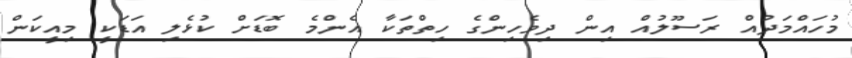
މުހައްމަދުއް ރަސޫލުއް އިން ދިވެހިންގެ ހިތްތަކާ އެންމެ ބޮޑަށް ކުޅެލި އަޑަކީ މިއީކަން